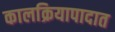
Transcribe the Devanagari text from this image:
कालक्रियापादात